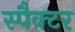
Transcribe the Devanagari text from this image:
स्पैक्टर